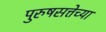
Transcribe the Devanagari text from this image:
पुरुषसत्तेच्या